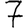
Digit: 7